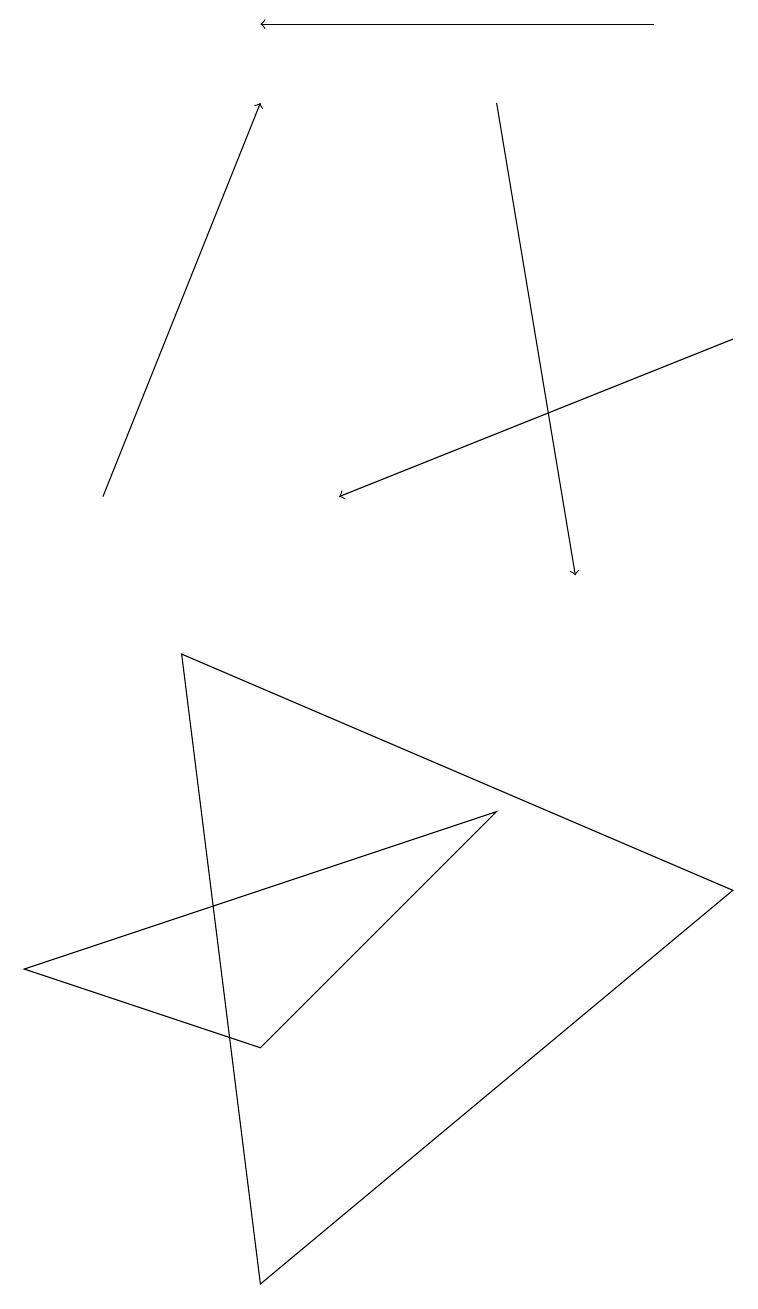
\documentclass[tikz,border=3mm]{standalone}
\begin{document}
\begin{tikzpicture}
\draw[->] (1,11) -- (3,16);
\draw (3,1) -- (9,6) -- (2,9) -- cycle;
\draw[->] (8,17) -- (3,17);
\draw (3,4) -- (0,5) -- (6,7) -- cycle;
\draw[->] (6,16) -- (7,10);
\draw[->] (9,13) -- (4,11);
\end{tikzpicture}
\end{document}